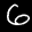
Label: 6